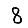
Digit: 8